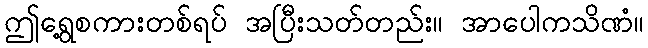
ဤရွေ့စကားတစ်ရပ် အပြီးသတ်တည်း။ အာပေါကသိဏံ။